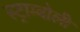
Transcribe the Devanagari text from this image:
स्ट्राम्बोली